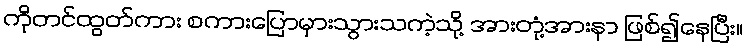
ကိုတင်ထွတ်ကား စကားပြောမှားသွားသကဲ့သို့ အားတုံ့အားနာ ဖြစ်၍နေပြီး။